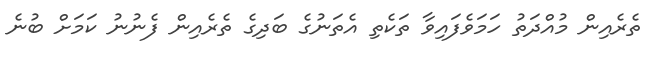
ތެރެއިން މުއްދަތު ހަމަވެފައިވާ ތަކެތި އެތަނުގެ ބަދިގެ ތެރެއިން ފެނުނު ކަމަށް ބުނެ